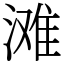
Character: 滩